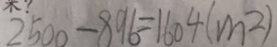
2 5 0 0 - 8 9 6 = 1 6 0 4 ( m ^ { 2 } )